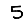
Digit: 5